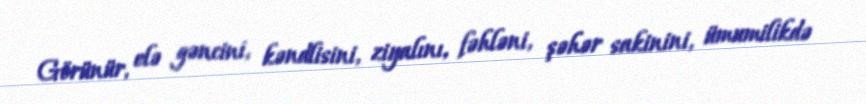
Görünür, elə gəncini, kəndlisini, ziyalını, fəhləni, şəhər sakinini, ümumilikdə